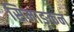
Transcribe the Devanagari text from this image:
सिमाङ्कन